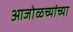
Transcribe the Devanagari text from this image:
आजोळच्यांच्या